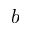
b